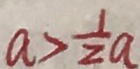
a > \frac { 1 } { 2 } a